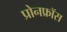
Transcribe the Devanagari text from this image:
प्रोनफ्रॉस